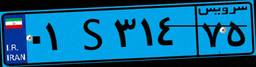
۰۱S۳۱۴۷۵